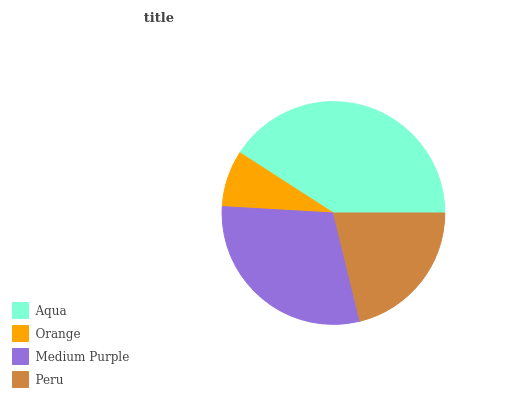
| Aqua | Orange | Medium Purple | Peru |
 | --- | --- | --- | --- |
 | 40.9% | 8.19% | 29.8% | 21.2% |